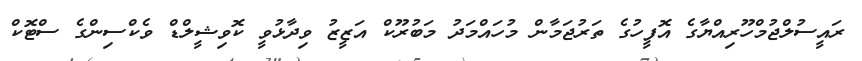
ރައީސުލްޖުމްހޫރިއްޔާގެ އޮފީހުގެ ތަރުޖަމާން މުހައްމަދު މަބުރޫކް އަޒީޒު ވިދާޅުވީ ކޮވިޝީލްޑް ވެކްސިންގެ ސްޓޮކް